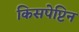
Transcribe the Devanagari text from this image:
किसपेप्टिन